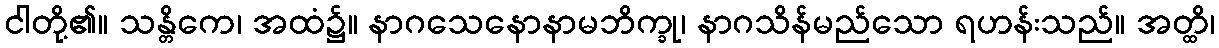
ငါတို့၏။ သန္တိကေ၊ အထံ၌။ နာဂသေနောနာမဘိက္ခု၊ နာဂသိန်မည်သော ရဟန်းသည်။ အတ္ထိ၊